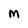
Character: m